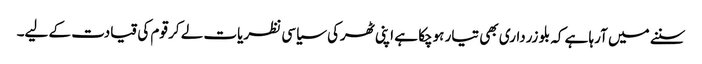
سننے میں آرہا ہے کہ بلو زرداری بھی تیار ہوچکا ہے اپنی ٹھرکی سیاسی نظریات لے کر قوم کی قیادت کے لیے۔